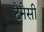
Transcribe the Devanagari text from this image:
टैनेसी